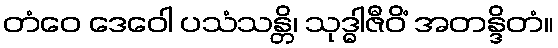
တံဝေ ဒေဝေါ ပသံသန္တိ၊ သုဒ္ဓါဇီဝိံ အတန္ဒိတံ။